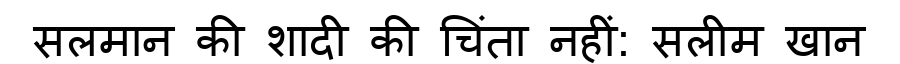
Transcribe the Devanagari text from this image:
सलमान की शादी की चिंता नहीं: सलीम खान